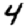
Digit: 4